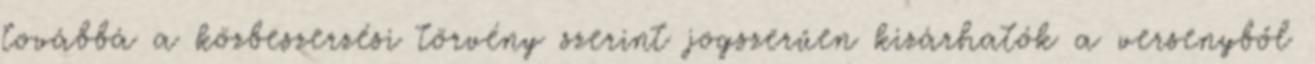
továbbá a közbeszerzési törvény szerint jogszerűen kizárhatók a versenyből